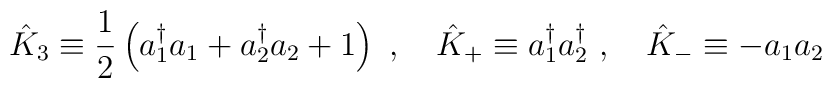
{\hat K}_{3}\equiv{1\over2}\left(a_{1}^{\dagger}a_{1}+a_{2}^{\dagger}a_{2}+1\right)\ ,\quad{\hat K}_{+}\equiv a_{1}^{\dagger}a_{2}^{\dagger}\ ,\quad{\hat K}_{-}\equiv -a_{1}a_{2}